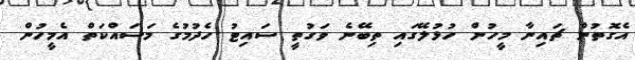
އެގޮތުން ޗައިނާ މީހުން ހުޅުލޭގައި ތިބޭނެ ވަގުތީ ސައިޓު ހެދުމުގެ މަސައްކަތް އެމީހުން